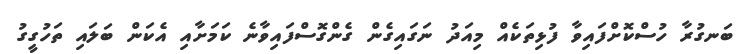
ބަނގުރާ ހުސްކޮށްފައިވާ ފުޅިތަކެއް މިއަދު ނަގައިގެން ގެންގޮސްފައިވާނެ ކަމަށާއި އެކަން ބަލައި ތަހުގީގު